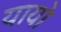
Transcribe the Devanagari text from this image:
यायो